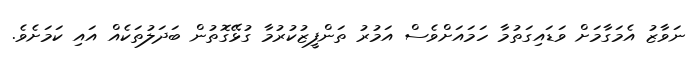
ނަވާޒު އެމަގާމަށް ވަޑައިގަތުމާ ހަމައަށްވެސް އަމުރު ތަންފީޒުކުރުމާ ގުޅޭގޮތުން ބަދަލުތަކެއް އައި ކަަމަށެވެ.